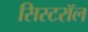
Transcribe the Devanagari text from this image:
सिस्टरॉल